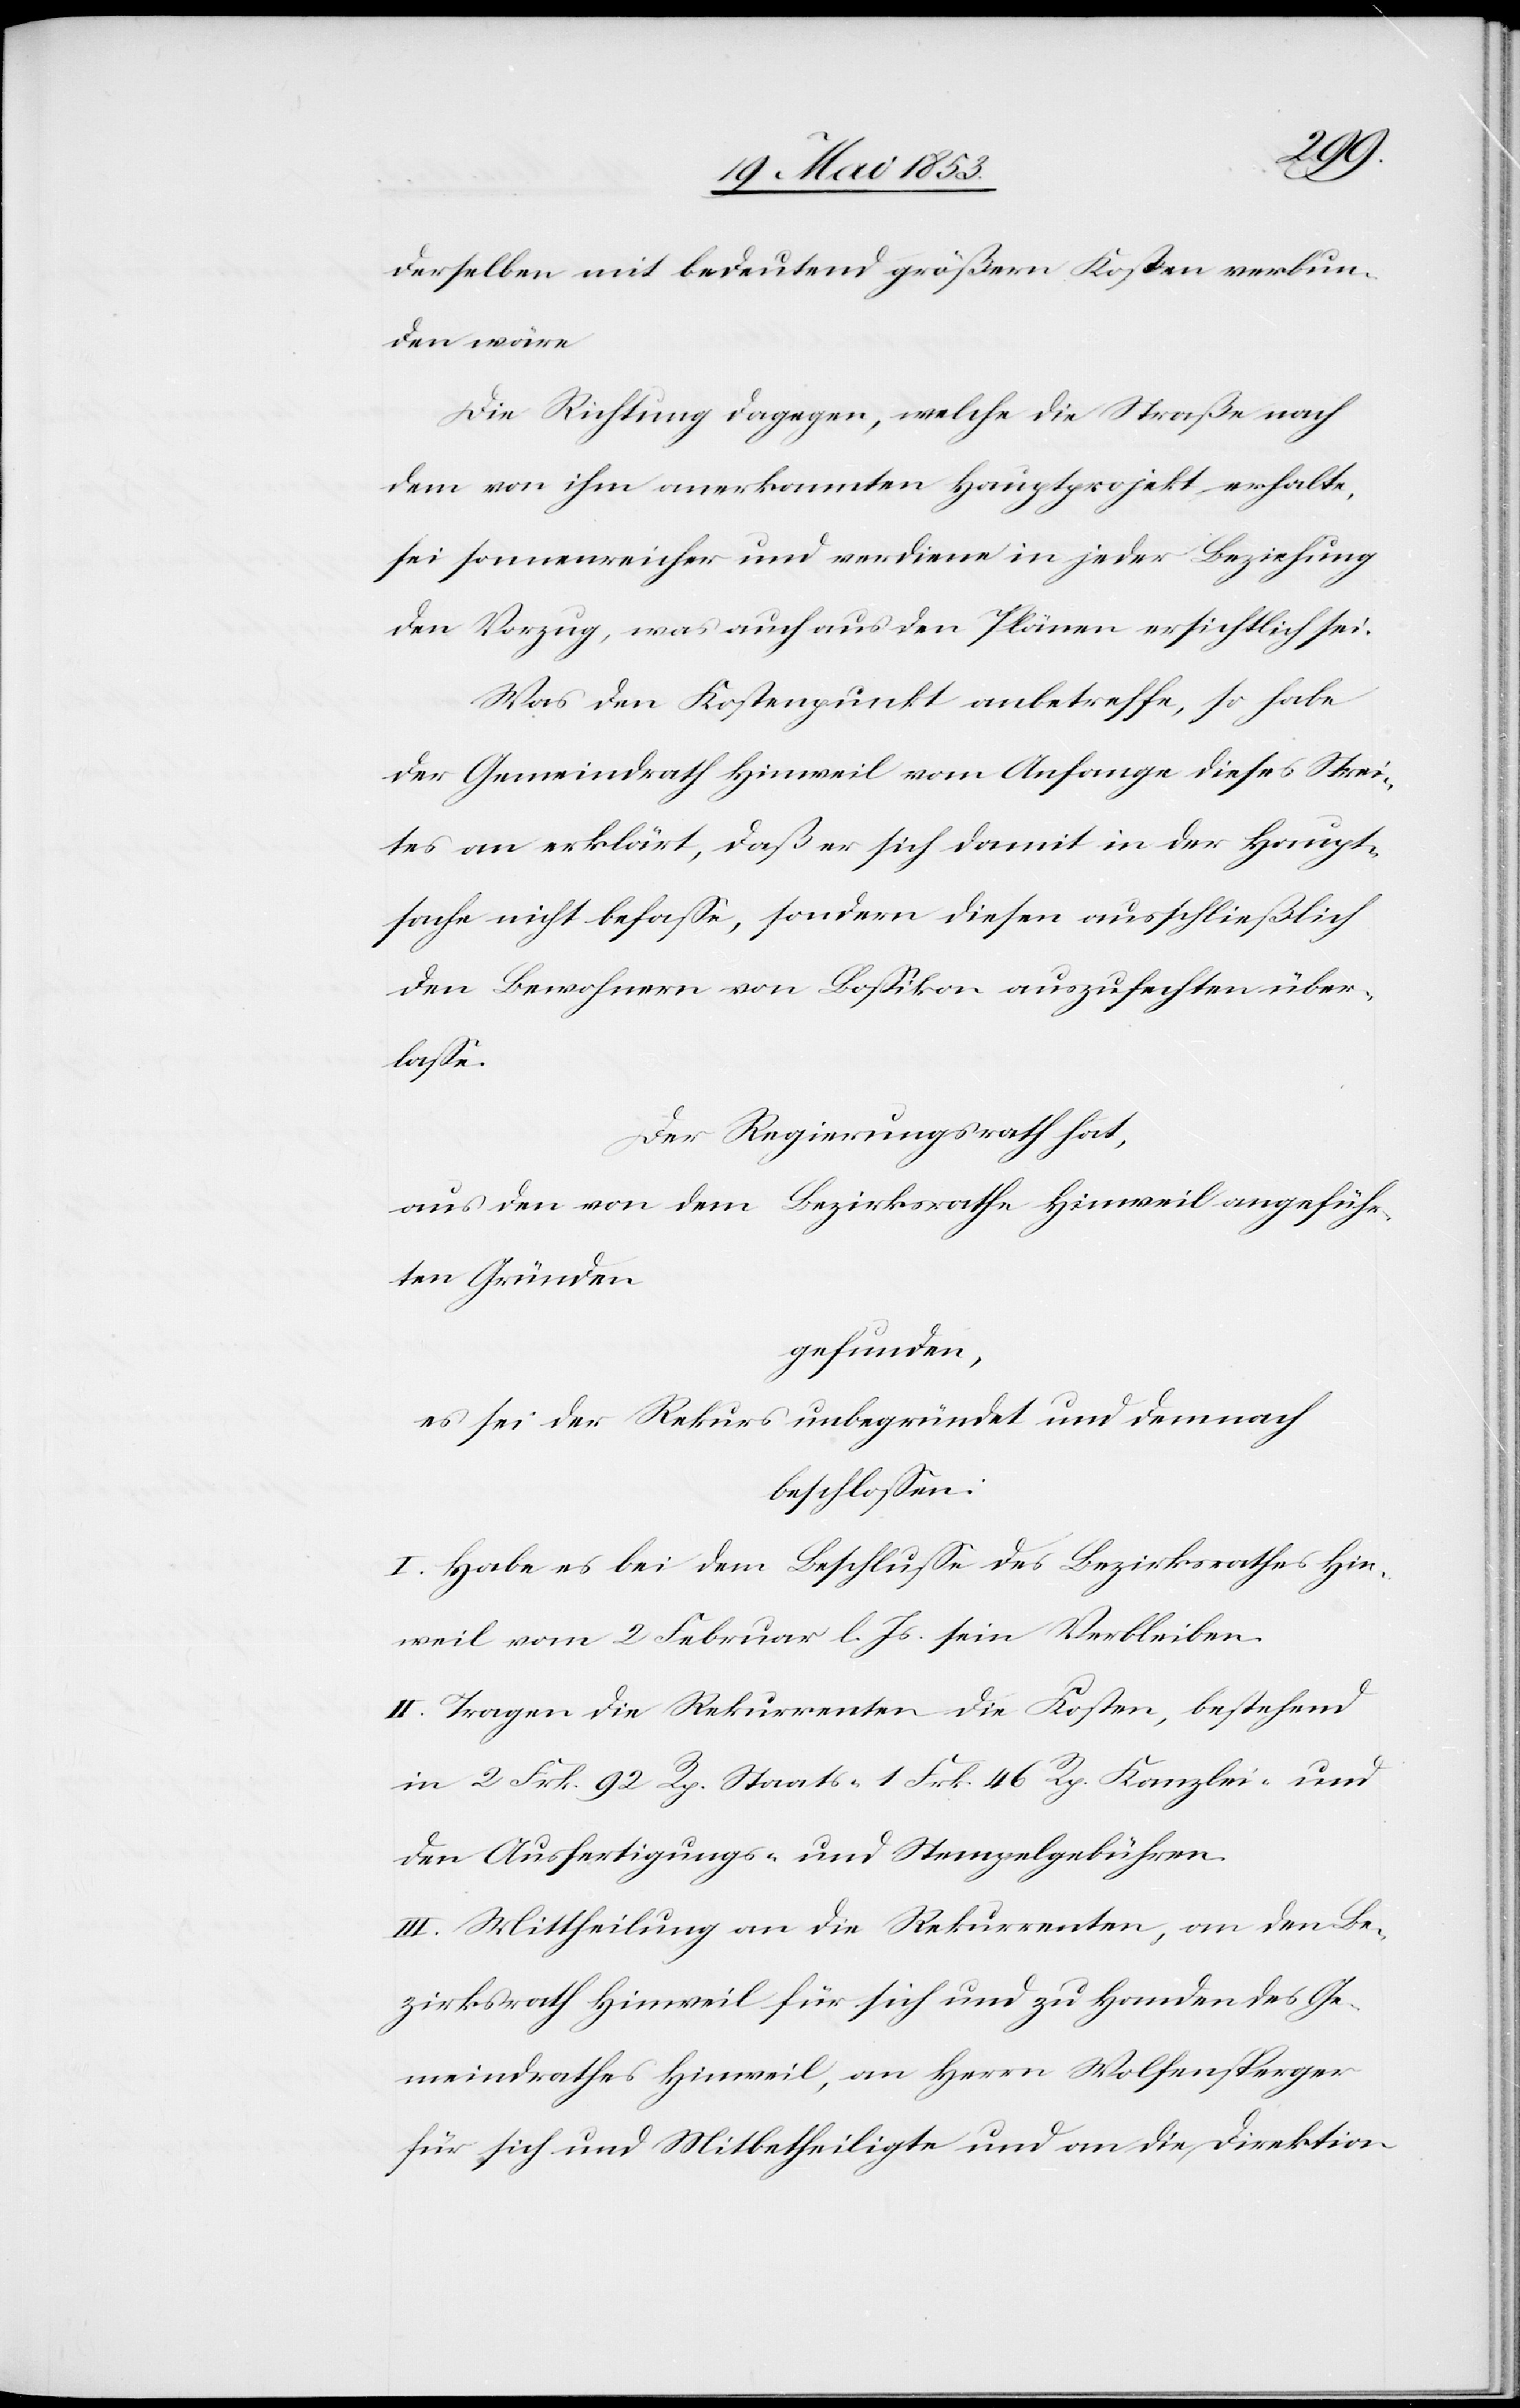
derselben mit bedeutend größern Kosten verbun¬
den wäre.
Die Richtung dagegen, welche die Straße nach
dem von ihm anerkannten Hauptprojekt erhalte,
sei sonnenreicher und verdiene in jeder Beziehung
den Vorzug, was auch aus den Plänen ersichtlich sei.
Was den Kostenpunkt anbetreffe, so habe
der Gemeindrath Hinweil vom Anfange dieses Strei¬
tes an erklärt, daß er sich damit in der Haupt¬
sache nicht befaße, sondern diesen ausschließlich
den Bewohnern von Boßikon auszufechten über¬
zirksrath
Der Regierungsrath hat,
aus den von dem Bezirksrathe Hinweil angeführ¬
ten Gründen
gefunden,
es sei der Rekurs unbegründet und demnach
beschloßen:
I. Habe es bei dem Beschluße des Bezirksrathes Hin¬
weil vom 2 Februar l. Js. sein Verbleiben.
II. Tragen die Rekurrenten die Kosten, bestehend
in 2 Frk. 92 Rp. Staats- 1 Frk. 46 Rp. Kanzlei- und
den Ausfertigungs- u. Stempelgebühren.
III. Mittheilung an die Rekurrenten, an den Be¬
für sich und Mitbetheiligte und an die Direktion